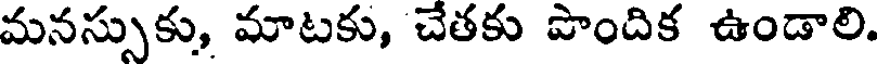
మనస్సుకు, మాటకు, చేతకు పొందిక ఉండాలి.